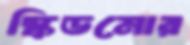
স্কিডমোর